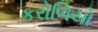
કરોળિયો